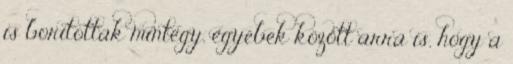
is borítottak mintegy, egyebek között arra is, hogy a